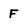
Character: f